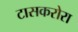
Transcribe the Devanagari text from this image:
टासकरोरा